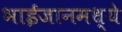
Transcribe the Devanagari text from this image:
भाईजानमध्ये